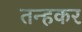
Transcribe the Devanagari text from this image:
तन्हकर